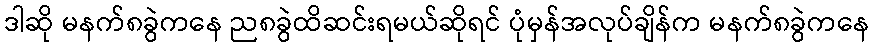
ဒါဆို မနက်၈ခွဲကနေ ည၈ခွဲထိဆင်းရမယ်ဆိုရင် ပုံမှန်အလုပ်ချိန်က မနက်၈ခွဲကနေ